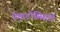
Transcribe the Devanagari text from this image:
नेमाटोसिस्टों